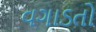
વગાડતો